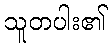
သူတပါး၏